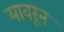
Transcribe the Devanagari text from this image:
यावरून